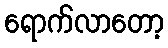
ရောက်လာတော့